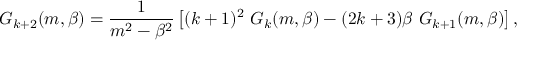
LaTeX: G _ { k + 2 } ( m , \beta ) = \frac { 1 } { m ^ { 2 } - \beta ^ { 2 } } \left[ ( k + 1 ) ^ { 2 } \ G _ { k } ( m , \beta ) - ( 2 k + 3 ) \beta \ G _ { k + 1 } ( m , \beta ) \right] ,